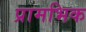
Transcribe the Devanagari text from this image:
प्रामभिक